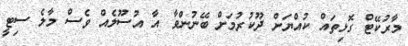
މާރުކޭޓް ގޮޅިތައް ކުއްޔަށް ދޫކުރުމަށް ބޭނުންވާ އާ އުސޫލެއް ވެސް މާލެ ސިޓީ